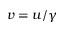
v = u / \gamma